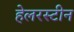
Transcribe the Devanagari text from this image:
हेलरस्टीन